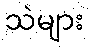
သဲများ